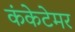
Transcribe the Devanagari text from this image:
कंकेटेमर